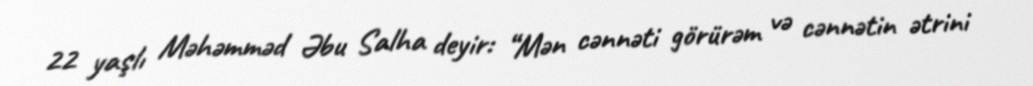
22 yaşlı Məhəmməd Əbu Salha deyir: “Mən cənnəti görürəm və cənnətin ətrini